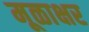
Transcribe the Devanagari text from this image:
मूळाक्षर